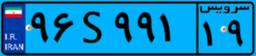
۹۵S۶۵۷۱۱